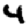
Digit: 4